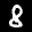
Label: 8